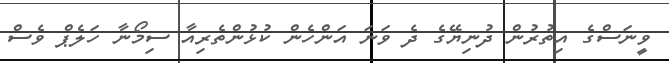
ވީނަސްގެ އިތުރުން ދުނިޔޭގެ ދެ ވަނަ އަންހެން ކުޅުންތެރިއާ ސިމޯނާ ހަލެޕް ވެސް